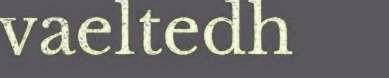
vaeltedh